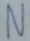
Text: N